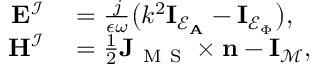
\begin{array} { r l } { \mathbf { E } ^ { \mathcal { I } } } & { { } { } = \frac { j } { \epsilon \omega } \big ( k ^ { 2 } \mathbf { I } _ { \mathcal { E } _ { \mathbf { A } } } - \mathbf { I } _ { \mathcal { E } _ { \Phi } } \big ) , } \\ { \mathbf { H } ^ { \mathcal { I } } } & { { } { } = \frac { 1 } { 2 } \mathbf { J } _ { \mathrm { ~ M ~ S ~ } } \times \mathbf { n } - \mathbf { I } _ { \mathcal { M } } , } \end{array}